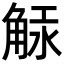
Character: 觨